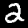
Digit: 2